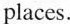
places.